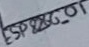
Text: ESP8266-01